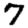
Digit: 7